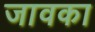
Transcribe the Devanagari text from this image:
जावका